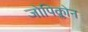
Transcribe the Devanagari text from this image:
जोपिक्लोन